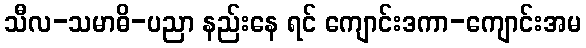
သီလ-သမာဓိ-ပညာ နည်းနေ ရင် ကျောင်းဒကာ-ကျောင်းအမ